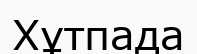
Хұтпада